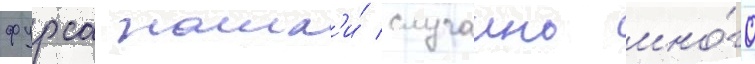
фурса нашл'и́ случаино мно́го